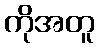
ကိုအတူ